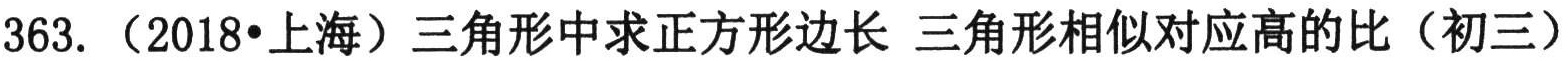
363. （2018•上海）三角形中求正方形边长 三角形相似对应高的比（初三）